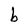
Character: b